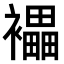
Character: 𧞭